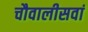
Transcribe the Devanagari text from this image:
चौवालीसवां